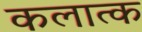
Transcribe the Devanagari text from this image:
कलात्क